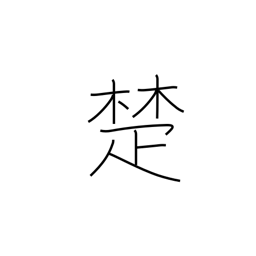
Meaning: cane